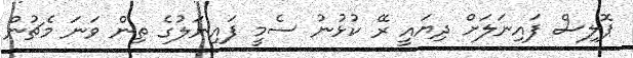
ޕޮލިސް ފައިނަލަށް ދިޔައީ ރޭ ކުޅުނު ސެމީ ފައިނަލުގެ ތިން ވަނަ މެޗުން